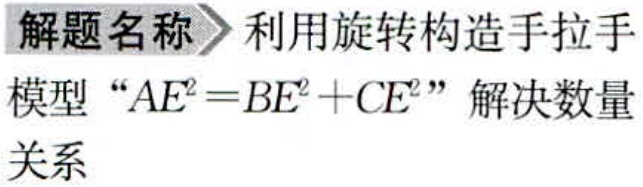
解题名称 利用旋转构造手拉手
模型 “\(AE^{2}=BE^{2}+CE^{2}\)” 解决数量
关系